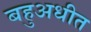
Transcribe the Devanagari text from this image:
बहुअधीत